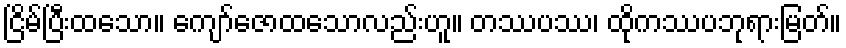
ငြိမ်ပြီးထသော။ ကျော်ဇောထသောလည်းဟူ။ တဿပဿ၊ ထိုကဿပဘုရားမြတ်။